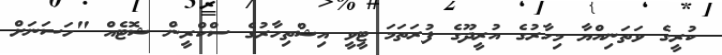
ކުރީގެ ވަތަނިއްޔާ މިހާރުގެ އުރީދޫގެ ފުރަތަމަ ޓީވީ އިޝްތިހާރުގެ ސްކްރީން ޝޮޓެއް "ހަސަނަށް